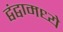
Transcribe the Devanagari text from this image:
द्वंद्वामध्ये